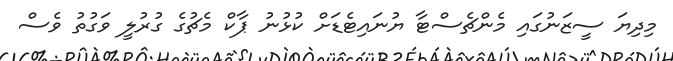
މިދިޔަ ސީޒަނުގައި މެންޗެސްޓާ ޔުނައިޓެޑަށް ކުޅުނު ޕާކް މެޗުގެ ގުރުލީ ވަގުތު ވެސް